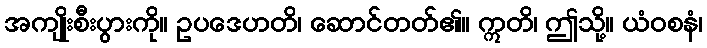
အကျိုးစီးပွားကို။ ဥပဒေဟတိ၊ ဆောင်တတ်၏။ ဣတိ၊ ဤသို့။ ယံဝစနံ၊